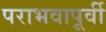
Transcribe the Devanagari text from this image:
पराभवापूर्वी